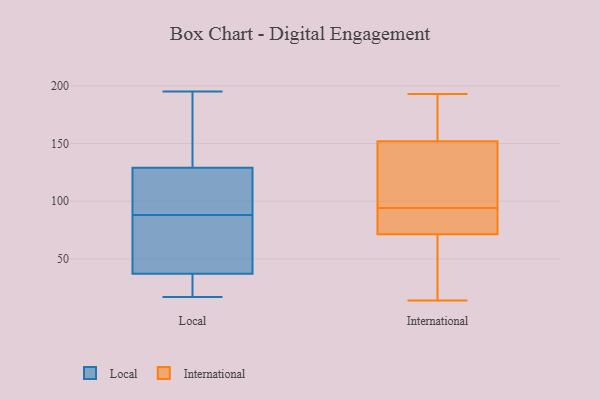
{"axis": {"x": "Headcount", "y": "Value"}, "legend": ["International", "Local"], "data": [{"x": "", "y": 25, "type": "Local"}, {"x": "", "y": 194, "type": "Local"}, {"x": "", "y": 44, "type": "Local"}, {"x": "", "y": 17, "type": "Local"}, {"x": "", "y": 130, "type": "Local"}, {"x": "", "y": 126, "type": "Local"}, {"x": "", "y": 115, "type": "Local"}, {"x": "", "y": 195, "type": "Local"}, {"x": "", "y": 40, "type": "Local"}, {"x": "", "y": 20, "type": "Local"}, {"x": "", "y": 194, "type": "Local"}, {"x": "", "y": 116, "type": "Local"}, {"x": "", "y": 115, "type": "Local"}, {"x": "", "y": 88, "type": "Local"}, {"x": "", "y": 86, "type": "Local"}, {"x": "", "y": 66, "type": "Local"}, {"x": "", "y": 36, "type": "Local"}, {"x": "", "y": 182, "type": "Local"}, {"x": "", "y": 36, "type": "Local"}, {"x": "", "y": 94, "type": "International"}, {"x": "", "y": 46, "type": "International"}, {"x": "", "y": 45, "type": "International"}, {"x": "", "y": 149, "type": "International"}, {"x": "", "y": 27, "type": "International"}, {"x": "", "y": 72, "type": "International"}, {"x": "", "y": 108, "type": "International"}, {"x": "", "y": 127, "type": "International"}, {"x": "", "y": 83, "type": "International"}, {"x": "", "y": 138, "type": "International"}, {"x": "", "y": 153, "type": "International"}, {"x": "", "y": 173, "type": "International"}, {"x": "", "y": 177, "type": "International"}, {"x": "", "y": 186, "type": "International"}, {"x": "", "y": 71, "type": "International"}, {"x": "", "y": 84, "type": "International"}, {"x": "", "y": 74, "type": "International"}, {"x": "", "y": 14, "type": "International"}, {"x": "", "y": 193, "type": "International"}]}